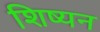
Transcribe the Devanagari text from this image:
शिष्यन